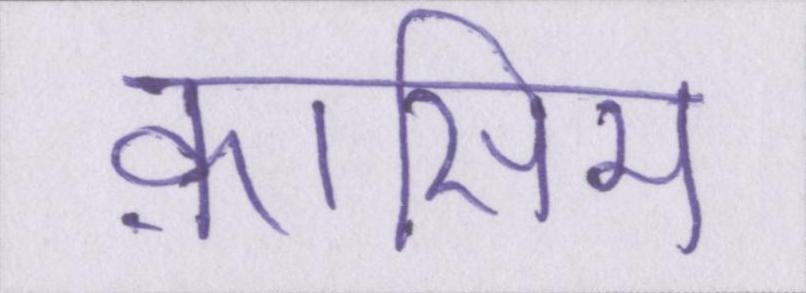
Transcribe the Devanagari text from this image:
क़ासिम